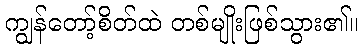
ကျွန်တော့်စိတ်ထဲ တစ်မျိုးဖြစ်သွား၏။